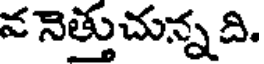
వ నెత్తుచున్న ది.